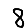
Digit: 8